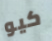
كيو